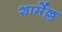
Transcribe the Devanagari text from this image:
शार्मेल्ल